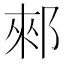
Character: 郲